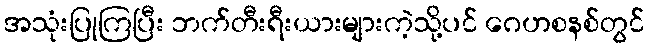
အသုံးပြုကြပြီး ဘက်တီးရီးယားများကဲ့သို့ပင် ဂေဟစနစ်တွင်